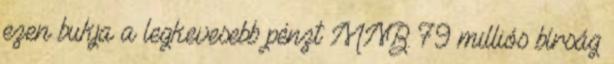
ezen bukja a legkevesebb pénzt MNB: 79 milliós bírság